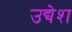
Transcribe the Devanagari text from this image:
उद्येश